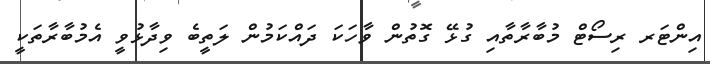
އިންޓަރ ރިސޯޓް މުބާރާތާއި ގުޅޭ ގޮތުން ވާހަކަ ދައްކަމުން ލަތީބެ ވިދާޅުވީ އެމުބާރާތަކީ